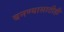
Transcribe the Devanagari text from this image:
बनण्यासाठीही